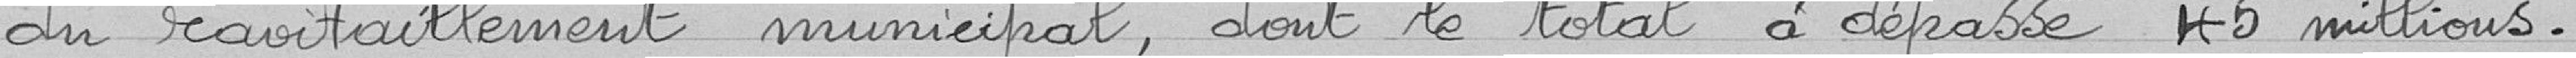
du ravitaillement municipal, dont le total a dépassé 45 millions.